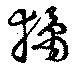
獝